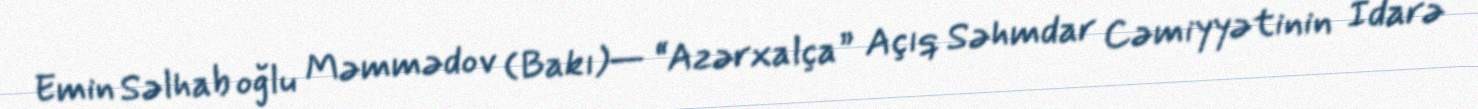
Emin Səlhab oğlu Məmmədov (Bakı)— “Azərxalça” Açıq Səhmdar Cəmiyyətinin İdarə